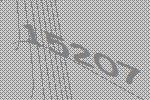
15207